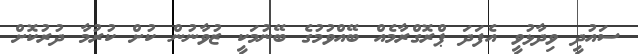
ސައުދީ ވިދާޅުވީ އެފަދަ ޕްރޮގްރާމެއް ބޭއްވުމުގެ ބޭނުމަކީ ޒުވާނުން ކުށް ކުރުމާ ދުރުކޮށް